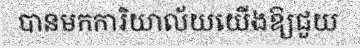
បានមកការិយាល័យយើងឱ្យជួយ